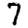
Digit: 7